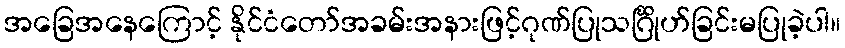
အခြေအနေကြောင့် နိုင်ငံတော်အခမ်းအနားဖြင့်ဂုဏ်ပြုသင်္ဂြိုဟ်ခြင်းမပြုခဲ့ပါ။